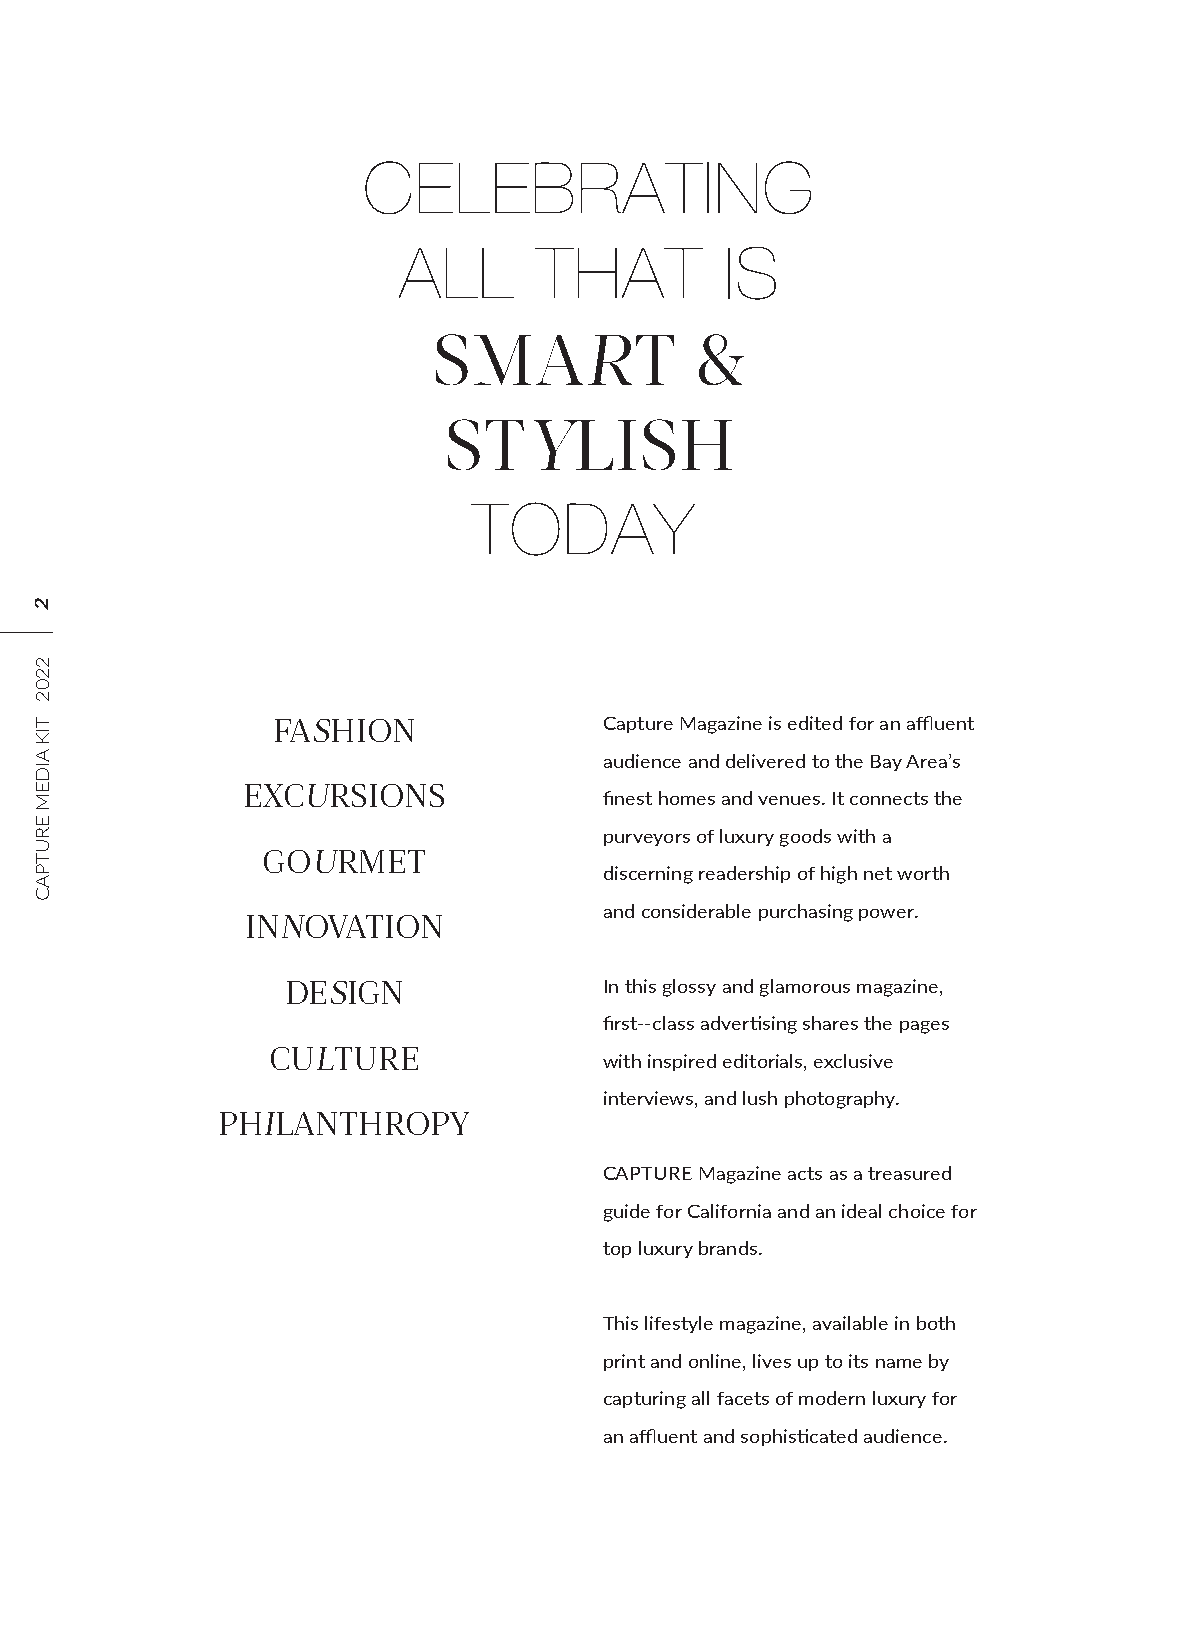
CELEBRATING
 ALL      THAT         IS
 SMART            &
 STYLISH
 TODAY
 FASHION               Capture Magazine is edited for an affluent
 audience and delivered to the Bay Area’s
 EXCURSIONS
 finest homes and venues. It connects the
 purveyors of luxury goods with a
 GOURMET
 discerning readership of high net worth
 and considerable purchasing power.
 INNOVATION
 DESIGN               In this glossy and glamorous magazine,
 first--class advertising shares the pages
 CULTURE
 with inspired editorials, exclusive
 interviews, and lush photography.
 PHILANTHROPY
 CAPTURE Magazine acts as a treasured
 guide for California and an ideal choice for
 top luxury brands.
 This lifestyle magazine, available in both
 print and online, lives up to its name by
 capturing all facets of modern luxury for
 an affluent and sophisticated audience.
 2
 2202
 TIK
 AIDEM
 ERUTPAC